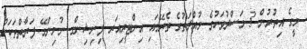
މީގެ އިތުރުން 3 މަސްދުވަހުގެ މުއްދަތުގެ ތެރޭގައި އިންޓީރިއަރ ފިނިޝިންގ ނުނިންމޭ ފަރާތްތަކަށް